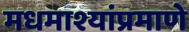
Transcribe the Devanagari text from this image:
मधमाश्यांप्रमाणे